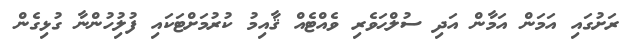
ރަށުގައި އަމަން އަމާން އަދި ސުލްޙަވެރި ވެއްޓެއް ޤާއިމު ކުރުމަށްޓަކައި ފުލުިހުންނާ ގުޅިގެން